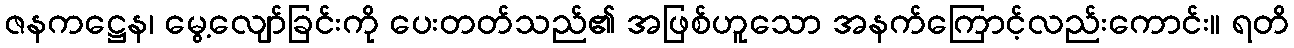
ဇနကဋ္ဌေန၊ မွေ့လျော်ခြင်းကို ပေးတတ်သည်၏ အဖြစ်ဟူသော အနက်ကြောင့်လည်းကောင်း။ ရတိ